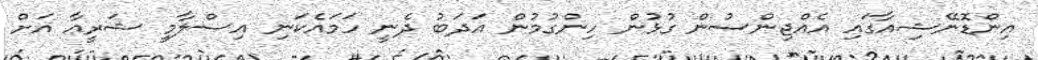
އިންޑޮނޭޝިއާގައި އެއްޖިންސުން ގުޅުން ހިންގުމުން އަދަބު ދެނީ ހަމައެކަނި އިސްލާމީ ޝަރީޢާ އަށް